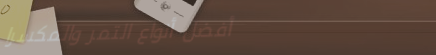
أفضل أنواع التمر والمكسرا